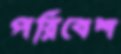
পরিবেশ